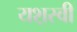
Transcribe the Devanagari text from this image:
यश़स्वी